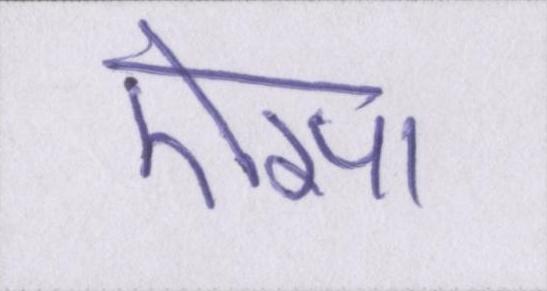
ऎसा